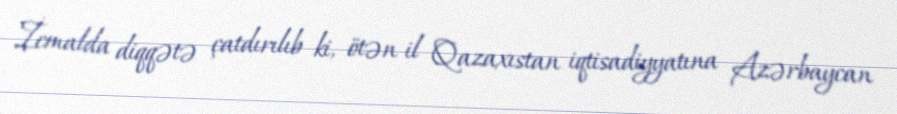
İcmalda diqqətə çatdırılıb ki, ötən il Qazaxıstan iqtisadiyyatına Azərbaycan